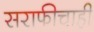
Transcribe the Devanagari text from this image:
सराफीचाही